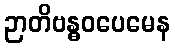
ဉာတိဗန္ဓဝပေမေန